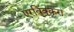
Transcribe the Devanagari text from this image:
एरविक्करा